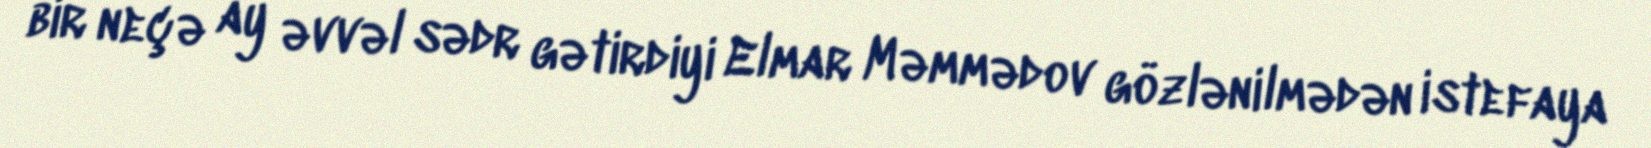
bir neçə ay əvvəl sədr gətirdiyi Elmar Məmmədov gözlənilmədən istefaya